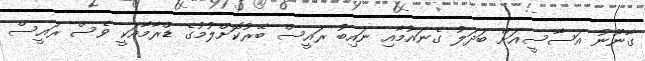
ގާނޫނު އަސާސީއަށް ބަދަލު ގެނައުމާއި ނައިބު ރައީސް ބޭރުކޮށްލުމުގެ ޑްރާމާއަކީ ވެސް ރައީސް